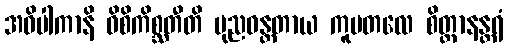
အဝိပါကာနိ ဝိစိကိစ္ဆတီတိ ပုညဝန္တတာယ ကူပတလေ စိတ္တာနန္တရံ